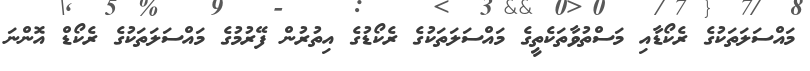
މައްސަލަތަކުގެ ރެކޯޑާއި މަސްތުވާތަކެތީގެ މައްސަލަތަކުގެ ރެކޯޑުގެ އިތުރުން ފޭރުމުގެ މައްސަލަތަކުގެ ރެކޯޑް އޮންނަ